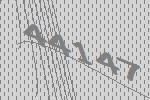
44147